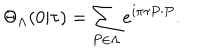
\Theta _ { \Lambda } ( 0 | \tau ) = \sum _ { P \in \Lambda } e ^ { i \pi \tau P \cdot P } .